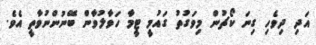
އަދި ދިވެހި ގިނަ ކޯޗުން މިވަގުތު ގައުމީ ޓީމާ ހަވާލުވާން ބޭނުންނުވާތީ އެވެ.